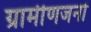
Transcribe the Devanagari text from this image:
ग्रामीणजनों